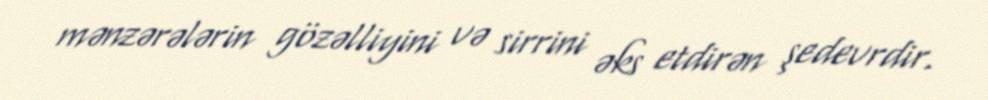
mənzərələrin gözəlliyini və sirrini əks etdirən şedevrdir.